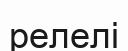
релелі